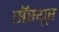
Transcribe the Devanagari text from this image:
सॅस्यूर